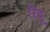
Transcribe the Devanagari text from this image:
रिवू